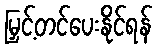
မြှင့်တင်ပေးနိုင်ရန်